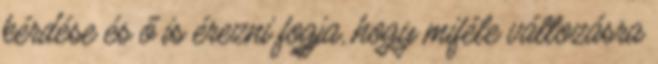
kérdése és ő is érezni fogja, hogy miféle változásra